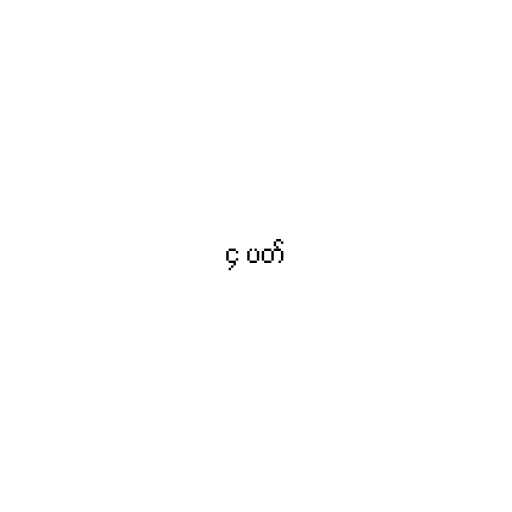
၄ ပတ်